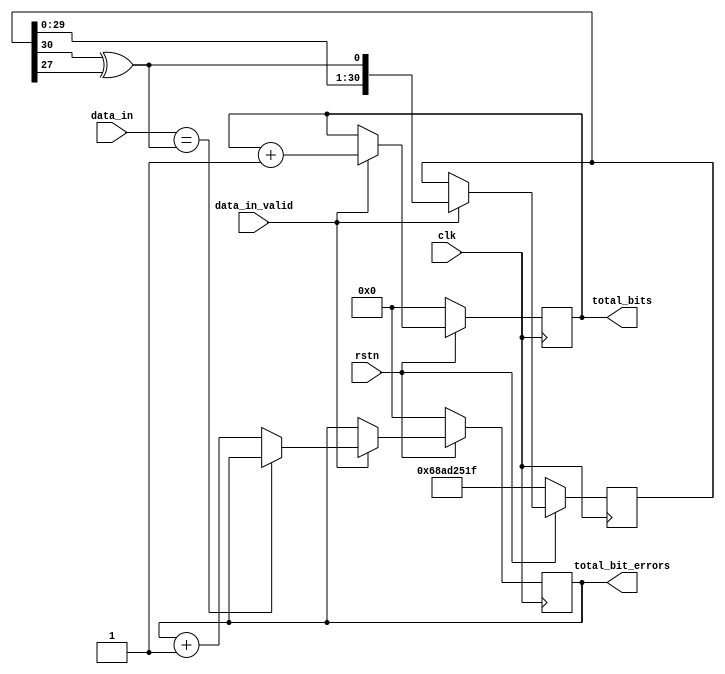
module prbs31_checker #(parameter SEED = 31'b1101000101011010010010100011111)(
    input clk,
    input rstn,
    input data_in,
    input data_in_valid,

    output reg [31:0] total_bits = 0,
    output reg [31:0] total_bit_errors = 0);
    
    reg [30:0] sr = SEED;
    wire sr_in;
    
    assign sr_in = (sr[30]^sr[27]);
    
    always @ (posedge clk)
    if (!rstn) begin
        sr = SEED;
        total_bits =0;
        total_bit_errors = 0;
    end else begin
        if (data_in_valid) begin
            sr <= {sr[29:0],sr_in};
            if (data_in == sr_in) begin
                total_bits <= total_bits + 1;
            end else begin
                total_bits <= total_bits + 1;
                total_bit_errors <= total_bit_errors + 1;
            end
        end
    end
endmodule